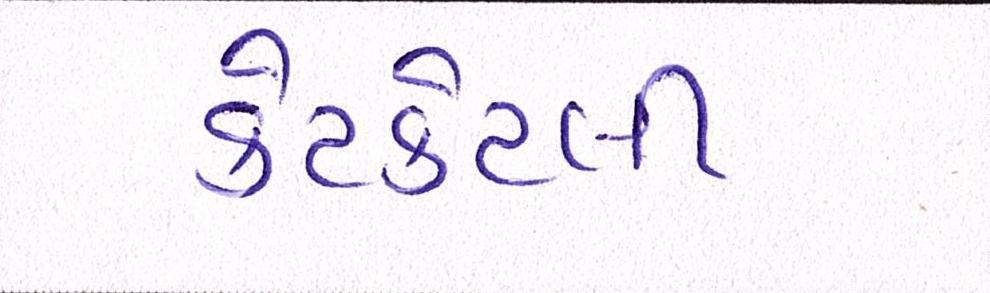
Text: કેટકેટલી